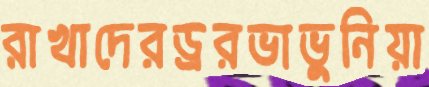
রাখাদেরড্ররভাভুনিয়া